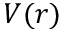
V ( r )